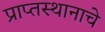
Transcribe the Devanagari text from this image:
प्राप्तस्थानाचे